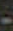
-